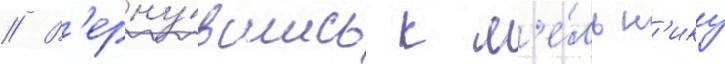
// В'ерну́вшись к м'е́льн'ику